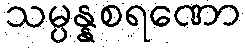
သမ္ပန္နစရဏော